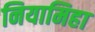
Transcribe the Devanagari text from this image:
नियामिहा